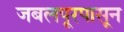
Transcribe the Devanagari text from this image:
जबलपूरपासून